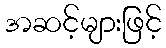
အဆင့်များဖြင့်